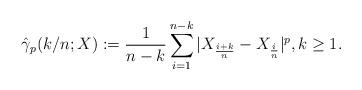
LaTeX: \begin{align*}\hat{\gamma}_p(k/n;X) := \frac{1}{n-k} \sum_{i=1}^{n-k} |X_{\frac{i+k}{n}} - X_{\frac{i}{n}}|^p, k\geq 1.\end{align*}